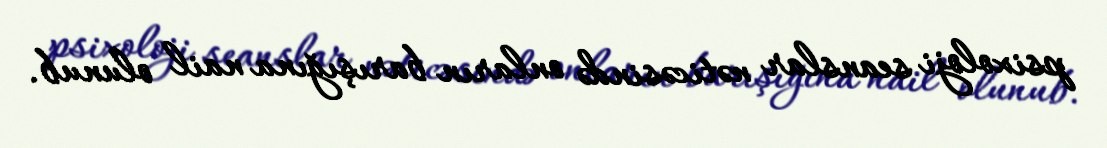
psixoloji seanslar nəticəsində onların barışığına nail olunub.